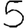
Digit: 5